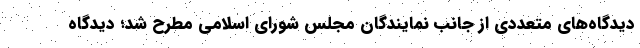
دیدگاه‌های متعددی از جانب نمایندگان مجلس شورای اسلامی مطرح شد؛ دیدگاه